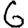
Digit: 6